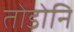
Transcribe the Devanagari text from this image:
तोडोनि